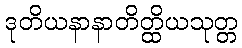
ဒုတိယနာနာတိတ္ထိယသုတ္တ